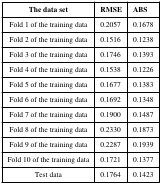
<table><thead><tr><td><b>The data set</b></td><td><b>RMSE</b></td><td><b>ABS</b></td></tr></thead><tbody><tr><td>Fold 1 of the training data</td><td>0.2057</td><td>0.1678</td></tr><tr><td>Fold 2 of the training data</td><td>0.1516</td><td>0.1238</td></tr><tr><td>Fold 3 of the training data</td><td>0.1746</td><td>0.1393</td></tr><tr><td>Fold 4 of the training data</td><td>0.1538</td><td>0.1226</td></tr><tr><td>Fold 5 of the training data</td><td>0.1677</td><td>0.1383</td></tr><tr><td>Fold 6 of the training data</td><td>0.1692</td><td>0.1348</td></tr><tr><td>Fold 7 of the training data</td><td>0.1900</td><td>0.1487</td></tr><tr><td>Fold 8 of the training data</td><td>0.2330</td><td>0.1873</td></tr><tr><td>Fold 9 of the training data</td><td>0.2287</td><td>0.1939</td></tr><tr><td>Fold 10 of the training data</td><td>0.1721</td><td>0.1377</td></tr><tr><td>Test data</td><td>0.1764</td><td>0.1423</td></tr></tbody></table>